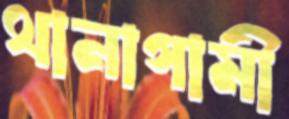
থানাগামী